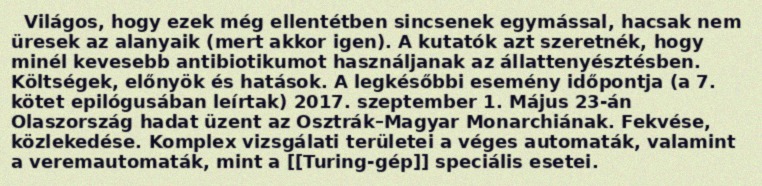
Világos, hogy ezek még ellentétben sincsenek egymással, hacsak nem üresek az alanyaik (mert akkor igen). A kutatók azt szeretnék, hogy minél kevesebb antibiotikumot használjanak az állattenyésztésben. Költségek, előnyök és hatások. A legkésőbbi esemény időpontja (a 7. kötet epilógusában leírtak) 2017. szeptember 1. Május 23-án Olaszország hadat üzent az Osztrák–Magyar Monarchiának. Fekvése, közlekedése. Komplex vizsgálati területei a véges automaták, valamint a veremautomaták, mint a [[Turing-gép]] speciális esetei.